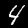
Digit: 4